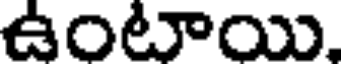
ఉంటాయి,